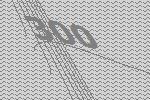
300